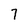
Character: 7